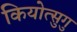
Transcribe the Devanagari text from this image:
कियोत्सुगु